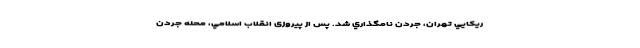
ريكايي تهران، جردن نامگذاري شد. پس از پيروزی انقلاب اسلامي، محله جردن